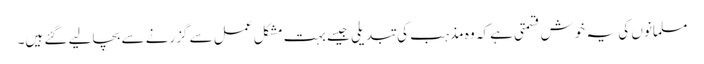
مسلمانوں کی یہ خوش قسمتی ہے کہ وہ مذہب کی تبدیلی جیسے بہت مشکل عمل سے گزرنے سے بچالیے گئے ہیں۔